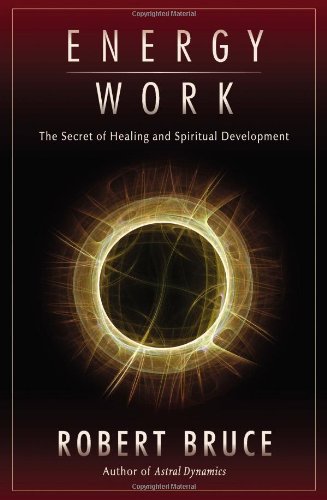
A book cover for Energy Work: The Secret of Healing and Spiritual Development; Robert Bruce; Religion & Spirituality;